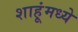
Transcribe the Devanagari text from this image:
शाहूंमध्ये